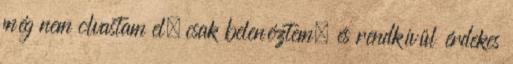
még nem olvastam el, csak belenéztem, és rendkívül érdekes